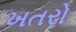
ખતરો